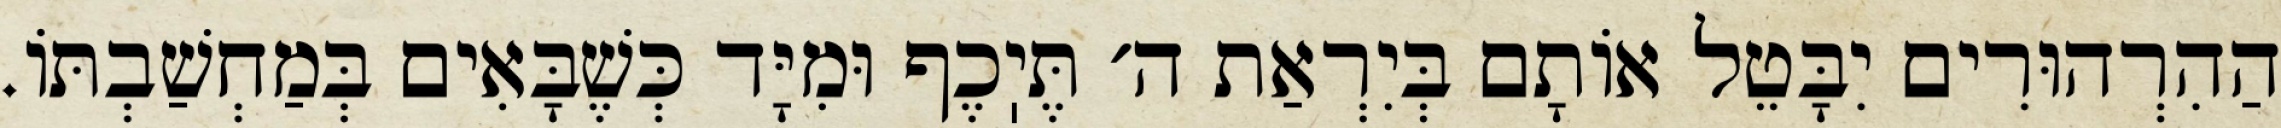
הַהִרְהוּרִים יִבָּטֵל אוֹתָם בְּיִרְאַת ה׳ תֶּיֽכֶף וּמִיָּד כְּשֶׁבָּאִים בְּמַחְשַׁבְתּוֹ.